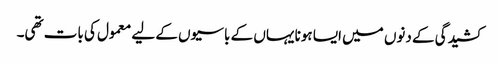
کشیدگی کے دنوں میں ایسا ہونا یہاں کے باسیوں کے لیے معمول کی بات تھی۔